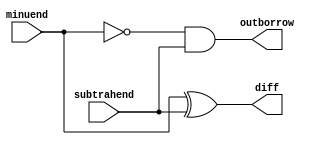
module subtractor_half(minuend, subtrahend, diff, outborrow);
    input minuend, subtrahend; 
    // `minuend` is the value from which the subtraction has to be done. `subtrahend` is the value that has to be subtracted.
    output diff, outborrow; 
    /* 
    `outborrow` is the bit which represents whether the completion of the operation (minuend - subtrahend) required borrowing or NOT. 
    
    outborrow = 0 means the operation did NOT require a BORROW.

    outborrow = 1 means the operation did require a BORROW.

    This `outborrow` can be fed into another HALF SUBTRACTOR.
    OR
    The `inborrow` bit of a FULL SUBTRACTOR.
    */

    //* Data flow Modelling
    assign diff = (minuend ^ subtrahend);
    assign outborrow = (~minuend) & subtrahend;
endmodule

module testbenchforhalfsubtractor;
    reg minuend, subtrahend;
    wire diff, outborrow;

    subtractor_half wire_driver(minuend, subtrahend, diff, outborrow);
    // We name the instance of the module as `wire_driver` since it is DRIVING the values of the wires `diff` and `outborrow`.

    //* Behavioral Modelling
    initial begin
             minuend = 1'b0; subtrahend = 1'b0;
        #20  minuend = 1'b0; subtrahend = 1'b1;
        #20  minuend = 1'b1; subtrahend = 1'b0;
        #20  minuend = 1'b1; subtrahend = 1'b1;
        #20  $finish;
    end
endmodule